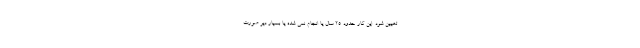
تعیین شود. این کار حدود ۲۵ سال یا انجام نمی شده یا بسیار دیر صورت